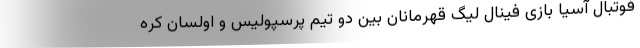
فوتبال آسیا بازی فینال لیگ قهرمانان بین دو تیم پرسپولیس و اولسان کره